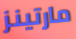
مارتينز